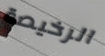
الرخيصة